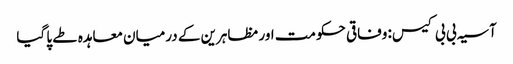
آسیہ بی بی کیس: وفاقی حکومت اور مظاہرین کے درمیان معاہدہ طے پا گیا